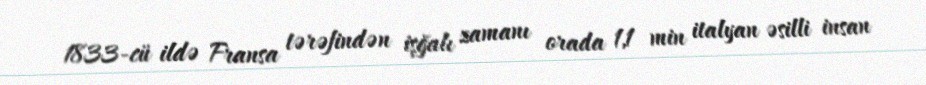
1833-cü ildə Fransa tərəfindən işğalı zamanı orada 1,1 min italyan əsilli insan